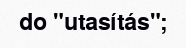
do "utasítás";